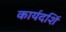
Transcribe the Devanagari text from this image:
कार्यदर्शि